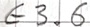
Text: E3.6